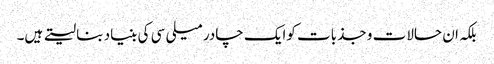
بلکہ ان حالات و جذبات کوایک چادر میلی سی کی بنیاد بنا لیتے ہیں۔